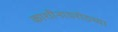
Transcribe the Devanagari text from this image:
काशीनाथशेठच्या